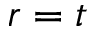
r = t